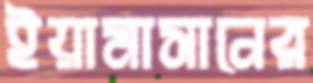
ইয়ামাসানের